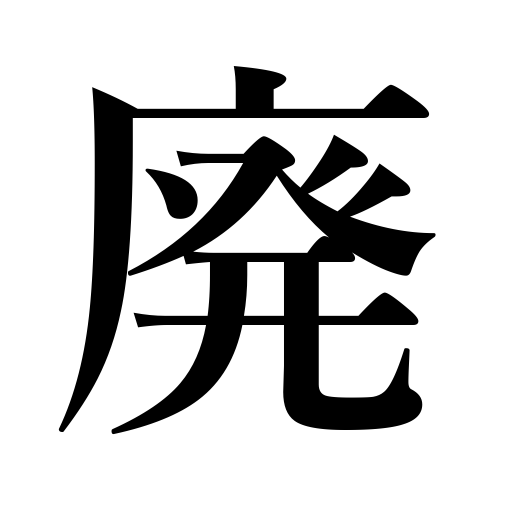
Meanings: die out,obsolescence,discarding,get out of date,become useless,cessation,be abolished,decline in prosperity